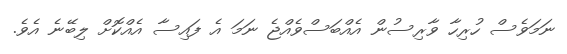
ނަމަވެސް ހުރިހާ ވާރިސުން އެއްބަސްވެއްޖެ ނަމަ އެ ފައިސާ އެއްކޮށް ލިބޭނެ އެވެ.